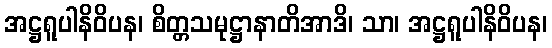
အဋ္ဌရူပါနိဝိပန၊ စိတ္တသမုဋ္ဌာနာတိအာဒိ၊ သာ၊ အဋ္ဌရူပါနိဝိပန၊